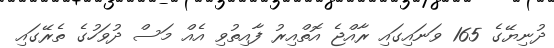
ދުނިޔޭގެ 165 ވަނައިގައި ރާއްޖެ އޮތްއިރު ފާއިތުވި އެއް މަސް ދުވަހުގެ ތެރޭގައި